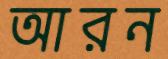
আরন